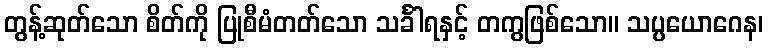
တွန့်ဆုတ်သော စိတ်ကို ပြုစီမံတတ်သော သင်္ခါရနှင့် တကွဖြစ်သော။ သပ္ပယောဂေန၊